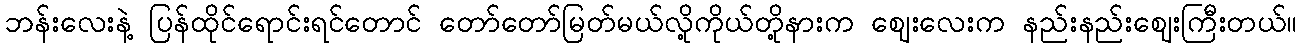
ဘန်းလေးနဲ့ ပြန်ထိုင်ရောင်းရင်တောင် တော်တော်မြတ်မယ်လို့ကိုယ်တို့နားက ဈေးလေးက နည်းနည်းဈေးကြီးတယ်။